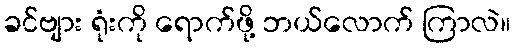
ခင်ဗျား ရုံးကို ရောက်ဖို့ ဘယ်လောက် ကြာလဲ။